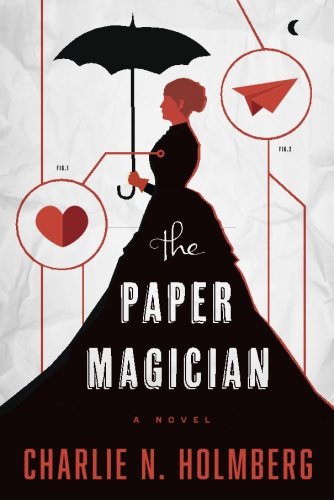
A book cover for The Paper Magician (The Paper Magician Series); Charlie N. Holmberg; Science Fiction & Fantasy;